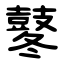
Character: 鼕